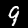
Label: 9